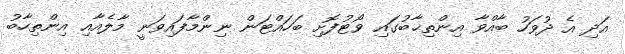
އަދި އެ ދުވަހު ބާއްވާ އިންތިޚާބުގައި ވޯޓުފޮށި ބަހައްޓަން ނިންމާފައިވަނީ މާލެއާއި އިންތިހާބު